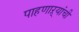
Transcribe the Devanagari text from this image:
पाहणाऱ्यांची